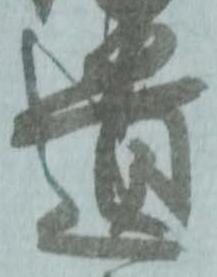
遣